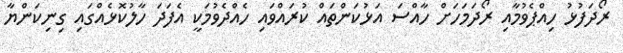
ރޯދަފުޅު ހިއްޕެވުމާއި ރޯދަމަހަށް ހާއްސަ އަޅުކަންތައް ކުރައްވައި ހެއްދެވުމަކީ އެފަދަ ހާލުކޮޅެއްގައި ގިނިކަންޔާ